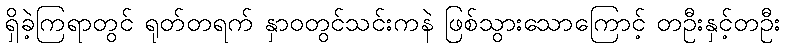
ရှိခဲ့ကြရာတွင် ရုတ်တရက် နှာဝတွင်သင်းကနဲ ဖြစ်သွားသောကြောင့် တဦးနှင့်တဦး